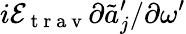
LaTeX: i\mathcal{E}_{\mathrm{~t~r~a~v~}}\partial\tilde{a}_{j}^{\prime}/\partial\omega^{\prime}